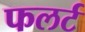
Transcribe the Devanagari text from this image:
फलर्ट